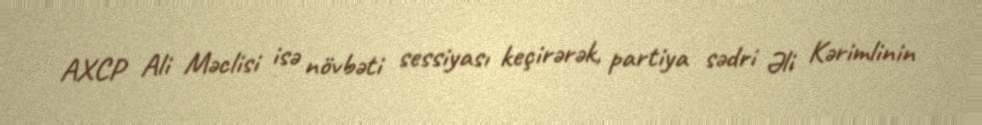
AXCP Ali Məclisi isə növbəti sessiyası keçirərək, partiya sədri Əli Kərimlinin